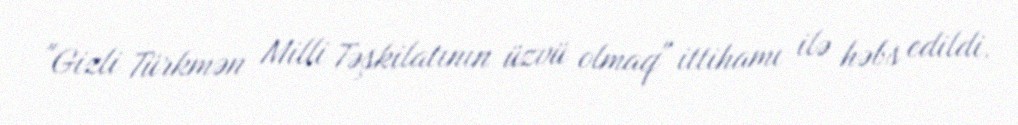
"Gizli Türkmən Milli Təşkilatının üzvü olmaq" ittihamı ilə həbs edildi.